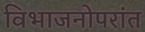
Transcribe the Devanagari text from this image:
विभाजनोपरांत